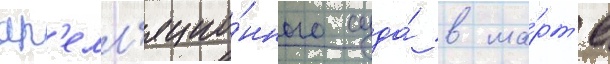
ап'елл'яцио́нного суда́ в ма́рт'е